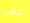
تلغى